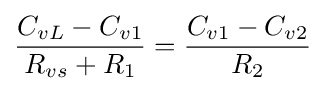
{\frac {C_{vL}-C_{v1}}{R_{vs}+R_{1}}}={\frac {C_{v1}-C_{v2}}{R_{2}}}